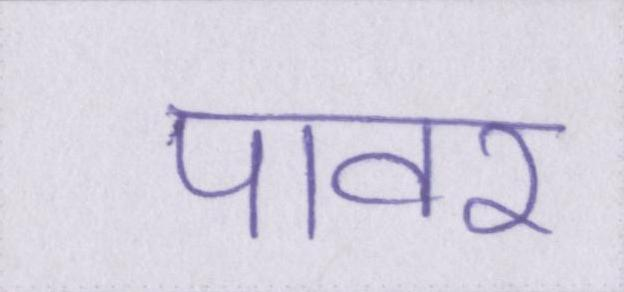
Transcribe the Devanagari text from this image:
पावर